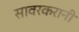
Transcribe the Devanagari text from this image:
सावरकरानी